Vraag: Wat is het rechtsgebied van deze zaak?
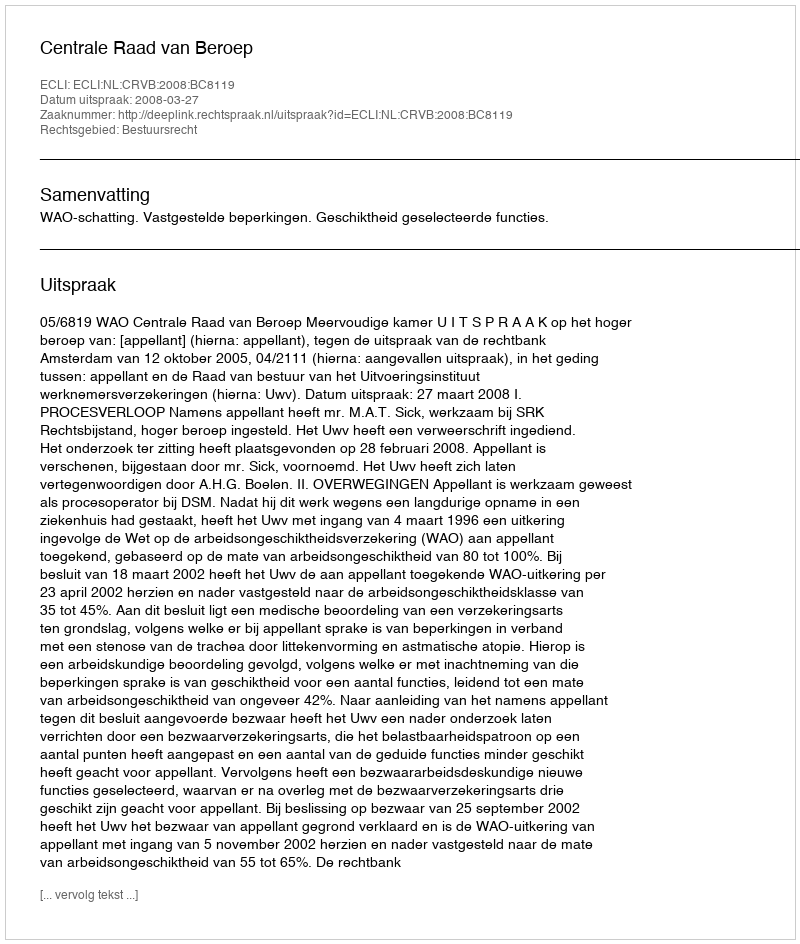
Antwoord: Bestuursrecht